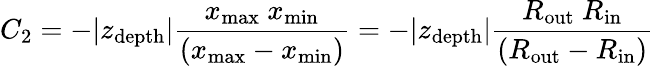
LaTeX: C_{2}=-\vert z_{\mathrm{depth}}\vert\frac{x_{\mathrm{max}}\ x_{\mathrm{min}}}{\left(x_{\mathrm{max}}-x_{\mathrm{min}}\right)}=-\vert z_{\mathrm{depth}}\vert\frac{R_{\mathrm{out}}\ R_{\mathrm{in}}}{\left(R_{\mathrm{out}}-R_{\mathrm{in}}\right)}